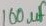
Text: 100µF